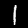
Label: 1